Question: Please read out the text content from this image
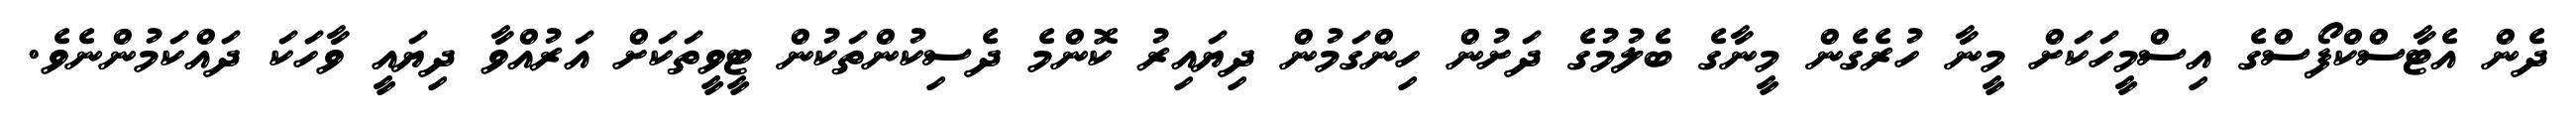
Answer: ދެން އެޓާސްކްފޯސްގެ އިސްމީހަކަށް މީނާ ހުރެގެން މީނާގެ ބެލުމުގެ ދަށުން ހިންގަމުން ދިޔައިރު ކޮންމެ ދެސިކުންތަކުން ޓީވީތަކަށް އަރުއްވާ ދިޔައީ ވާހަކަ ދައްކަމުންނެވެ.